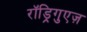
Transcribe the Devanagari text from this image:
रॉड्रिगुएज़